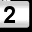
Digit: 2